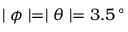
\mid \phi \mid = \mid \theta \mid = 3 . 5 \, ^ { \circ }